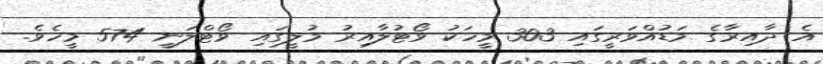
އެ ދާއިރާގެ މަޑުއްވަރީގައި 303 މީހަކު ވޯޓުލާއިރު މުލީގައި ވޯޓްލަނީ 574 މީހެވެ.